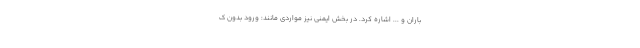
باران و ... اشاره کرد. در بخش ایمنی نیز مواردی مانند: ورود بدون ک